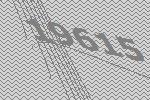
19615